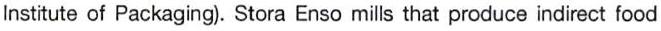
Institute of Packaging). Stora Enso mills that produce indirect food